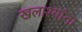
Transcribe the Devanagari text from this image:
खलाश्यांना